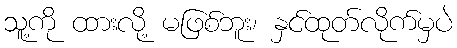
သူ့ကို ထားလို့ မဖြစ်ဘူး၊ နှင်ထုတ်လိုက်မှပဲ